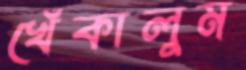
খেঁকালুম